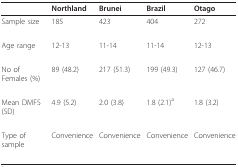
<table><thead><tr><td>[EMPTY_CELL]</td><td><b>Northland</b></td><td><b>Brunei</b></td><td><b>Brazil</b></td><td><b>Otago</b></td></tr></thead><tbody><tr><td>Sample size</td><td>185</td><td>423</td><td>404</td><td>272</td></tr><tr><td>Age range</td><td>12-13</td><td>11-14</td><td>11-14</td><td>12-13</td></tr><tr><td>No of Females (%)</td><td>89 (48.2)</td><td>217 (51.3)</td><td>199 (49.3)</td><td>127 (46.7)</td></tr><tr><td>Mean DMFS (SD)</td><td>4.9 (5.2)</td><td>2.0 (3.8)</td><td>1.8 (2.1)<sup>a</sup></td><td>1.8 (3.2)</td></tr><tr><td>Type of sample</td><td>Convenience</td><td>Convenience</td><td>Convenience</td><td>Convenience</td></tr></tbody></table>